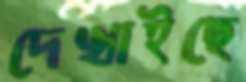
দেখাইছে